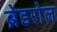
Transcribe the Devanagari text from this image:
ब्रेडरोल